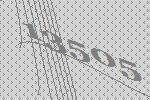
13505